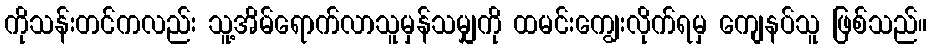
ကိုသန်းတင်ကလည်း သူ့အိမ်ရောက်လာသူမှန်သမျှကို ထမင်းကျွေးလိုက်ရမှ ကျေနပ်သူ ဖြစ်သည်။